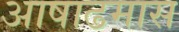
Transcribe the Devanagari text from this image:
अाषाढमास